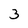
Character: 3